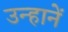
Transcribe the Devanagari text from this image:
उन्हानें